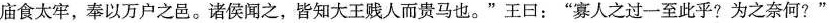
庙食太牢，奉以万户之邑。诸侯闻之，皆知大王贱人而贵马也。”王日：”寡人之过一至此乎?为之奈何?”